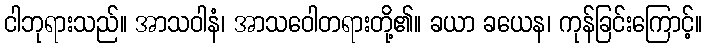
ငါဘုရားသည်။ အာသဝါနံ၊ အာသဝေါတရားတို့၏။ ခယာ ခယေန၊ ကုန်ခြင်းကြောင့်။